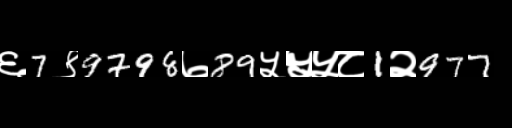
Text: ६7९9798७89५५५८1२977